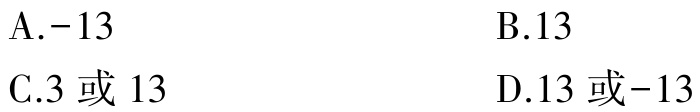
A.$-13$  B.$13$  C.$3或13$  D.$13或-13$